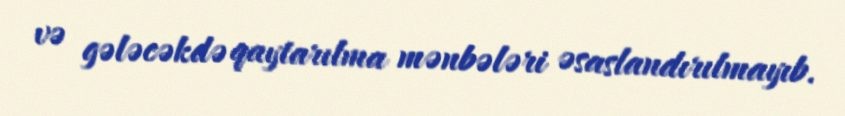
və gələcəkdə qaytarılma mənbələri əsaslandırılmayıb.